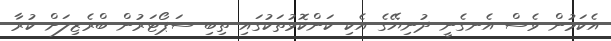
އެކަމުން ވެސް އެނގެނީ ދުނިޔޭގެ އެކި ކަންކޮޅުތަކުގައި ތިބި ސަޕޯޓަރުން ބްރެޒިލަށް ކުރާ